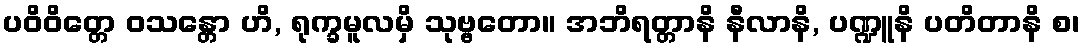
ပဝိဝိတ္တေ ဝသန္တော ဟိ, ရုက္ခမူလမှိ သုဗ္ဗတော။ အဘိရတ္တာနိ နီလာနိ, ပဏ္ဍူနိ ပတိတာနိ စ၊